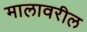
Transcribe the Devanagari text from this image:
मालावरील